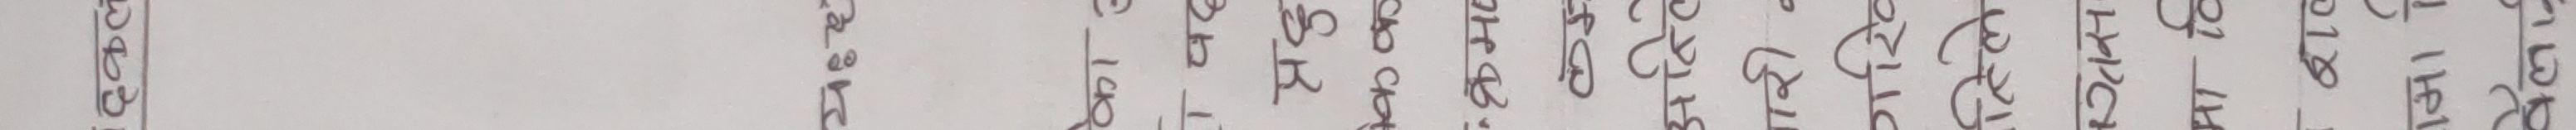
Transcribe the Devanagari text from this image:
दकल
का
पढ़
प्रदु
कक
• क्रमा
म
अन्ति
बारी
गरिव
हिले
तस
मा टि
बराल
ر
मा
वैलाई